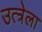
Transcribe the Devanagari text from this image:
उत्त्रेला